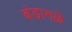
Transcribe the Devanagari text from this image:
बंडागळे